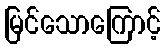
မြင်သောကြောင့်